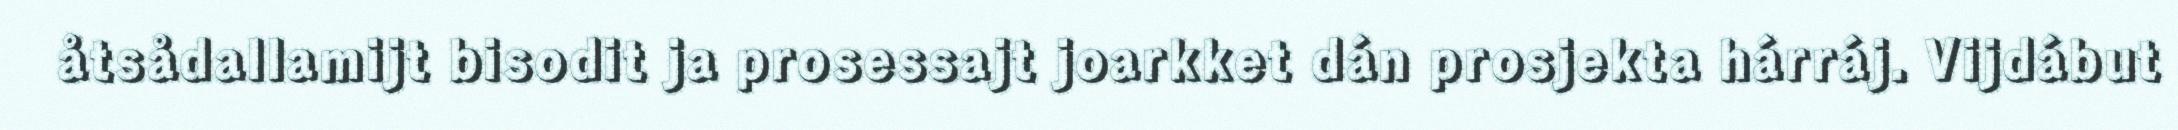
åtsådallamijt bisodit ja prosessajt joarkket dán prosjekta hárráj. Vijdábut